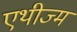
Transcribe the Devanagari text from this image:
एथीज्म